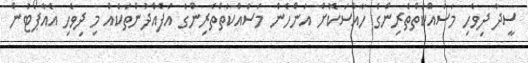
ސީދާ ދިވެހި މަސައްކަތްތެރިންގެ ހާއްސަކޮށް އަންހެން މަސައްކަތްތެރިންގެ އުފެއްދުންތަކެއް މި ދިވެހި އެއާޕޯޓުން